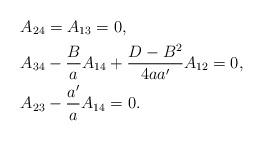
LaTeX: \begin{align*}&A_{24}= A_{13}=0, \\&A_{34} - \dfrac{B}{a}A_{14} + \frac{D-B^2}{4aa'} A_{12} =0, \\&A_{23} -\dfrac{a'}{a}A_{14} =0. \end{align*}